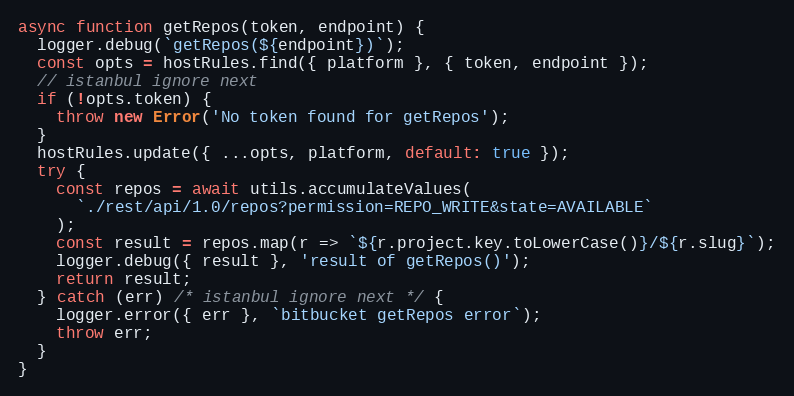
Language: JavaScript
async function getRepos(token, endpoint) {
  logger.debug(`getRepos(${endpoint})`);
  const opts = hostRules.find({ platform }, { token, endpoint });
  // istanbul ignore next
  if (!opts.token) {
    throw new Error('No token found for getRepos');
  }
  hostRules.update({ ...opts, platform, default: true });
  try {
    const repos = await utils.accumulateValues(
      `./rest/api/1.0/repos?permission=REPO_WRITE&state=AVAILABLE`
    );
    const result = repos.map(r => `${r.project.key.toLowerCase()}/${r.slug}`);
    logger.debug({ result }, 'result of getRepos()');
    return result;
  } catch (err) /* istanbul ignore next */ {
    logger.error({ err }, `bitbucket getRepos error`);
    throw err;
  }
}